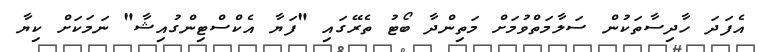
އެފަދަ ހާދިސާތަކުން ސަލާމަތްވުމަށް މަތިންދާ ބޯޓު ތެރޭގައި "ފަޔާ އެކްސްޓިންގުއިޝާ" ނަމަކަށް ކިޔާ